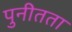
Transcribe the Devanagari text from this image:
पुनीतता